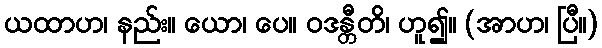
ယထာဟ၊ နည်း။ ယော၊ ပေ။ ဝဒန္တီတိ၊ ဟူ၍။ (အာဟ၊ ပြီ။)